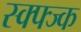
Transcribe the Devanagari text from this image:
स्क्फ्ज्क